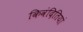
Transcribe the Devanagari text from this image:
किवंदितियां